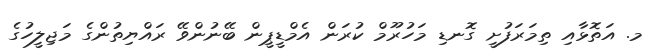
މ. އަތޮޅާއި ތިމަރަފުށީ ގޮނޑި މަހުރޫމް ކުރަން އެމްޑީޕީން ބޭނުންވޭ ރައްޔިތުންގެ މަޖިލީހުގެ